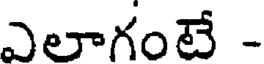
ఎలాగంటే -